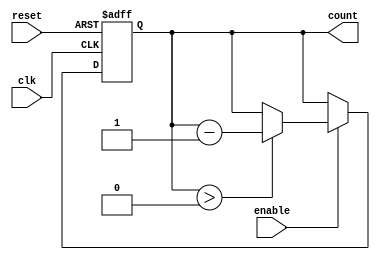
module down_counter (
    input wire clk,          // Clock signal
    input wire enable,       // Enable signal
    input wire reset,        // Asynchronous reset signal
    output reg [3:0] count   // 4-bit counter output (adjust according to max_value)
);

    // Maximum value the counter can hold (e.g., for a max_value of 15, this would be 4'b1111)
    parameter MAX_VALUE = 4'b1111;

    // Asynchronous reset and counting logic
    always @(posedge clk or posedge reset) begin
        if (reset) begin
            // Reset the counter to maximum value
            count <= MAX_VALUE;
        end else if (enable) begin
            // Decrement the counter if enable is high
            if (count > 0) begin
                count <= count - 1;
            end
        end
    end

    // Initialize count to zero on startup
    initial begin
        count = MAX_VALUE;
    end

endmodule